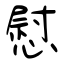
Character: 慰